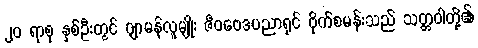
၂၀ ရာစု နှစ်ဦးတွင် ဂျာမန်လူမျိုး ဇီဝဗေဒပညာရှင် ဗိုက်စမန်းသည် သတ္တဝါတို့၏